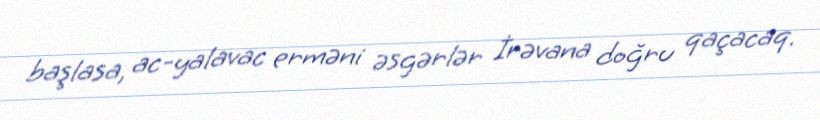
başlasa, ac-yalavac erməni əsgərlər İrəvana doğru qaçacaq.